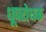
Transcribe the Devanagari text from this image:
धूपरोधक